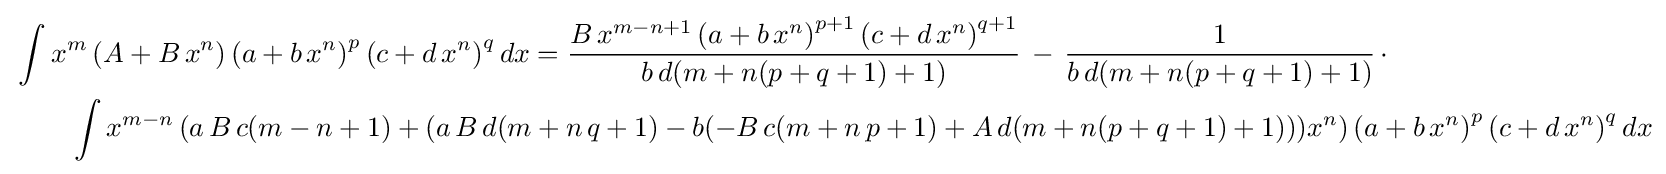
{\begin{aligned}&\int x^{m}\left(A+B\,x^{n}\right)\left(a+b\,x^{n}\right)^{p}\left(c+d\,x^{n}\right)^{q}dx={\frac {B\,x^{m-n+1}\left(a+b\,x^{n}\right)^{p+1}\left(c+d\,x^{n}\right)^{q+1}}{b\,d(m+n(p+q+1)+1)}}\,-\,{\frac {1}{b\,d(m+n(p+q+1)+1)}}\,\cdot \\&\qquad \int x^{m-n}\left(a\,B\,c(m-n+1)+(a\,B\,d(m+n\,q+1)-b(-B\,c(m+n\,p+1)+A\,d(m+n(p+q+1)+1)))x^{n}\right)\left(a+b\,x^{n}\right)^{p}\left(c+d\,x^{n}\right)^{q}dx\end{aligned}}